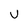
Character: V